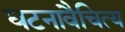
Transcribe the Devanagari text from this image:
घटनावैचित्य